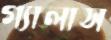
গ্যালাস